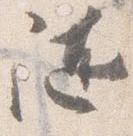
随